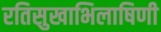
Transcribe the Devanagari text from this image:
रतिसुखाभिलाषिणी